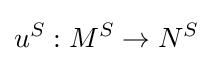
u^{S}:M^{S}\to N^{S}